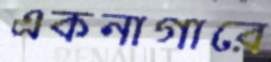
একনাগারে